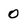
Character: 0